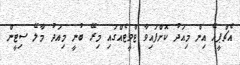
އެޗްޕީއޭ އިން މިއަދު ކޮށްފައިވާ ޓްވީޓެއްގައި މިރޭ ބުނީ މިއަދު މާލޭ ސިޓީން